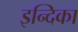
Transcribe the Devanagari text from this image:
इन्दिका